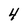
Character: 4